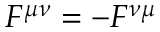
F ^ { \mu \nu } = - F ^ { \nu \mu }